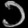
Digit: ၁